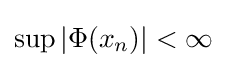
\sup |\Phi (x_{n})|<\infty